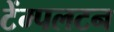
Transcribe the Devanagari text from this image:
टेंम्पलटन